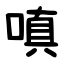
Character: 嗔